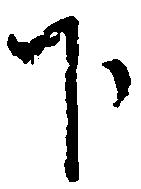
下